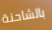
بالشاحنة